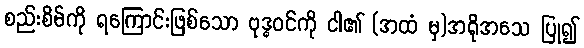
စည်းစိမ်ကို ရကြောင်းဖြစ်သော ဗုဒ္ဓဝင်ကို ငါ၏ (အထံ မှ)အရိုအသေ ပြု၍